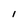
Character: I